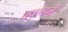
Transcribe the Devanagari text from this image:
पकडनें